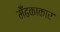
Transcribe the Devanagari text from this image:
मेँढकाकार